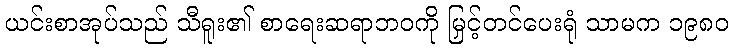
ယင်းစာအုပ်သည် သီရူး၏ စာရေးဆရာဘဝကို မြှင့်တင်ပေးရုံ သာမက ၁၉၈၀